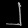
Digit: ၂